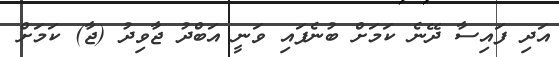
އަދި ފައިސާ ދޭނެ ކަމަށް ބުނެފައި ވަނީ އަބްދު ޖާވިދު (ޖާ) ކަމަށް